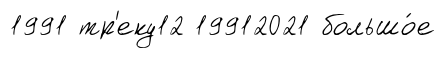
1991 тр'еку12 19912021 большо́е